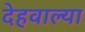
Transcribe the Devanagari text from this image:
देहवाल्या